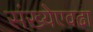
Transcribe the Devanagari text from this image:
संख्येएवढा